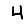
Digit: 4